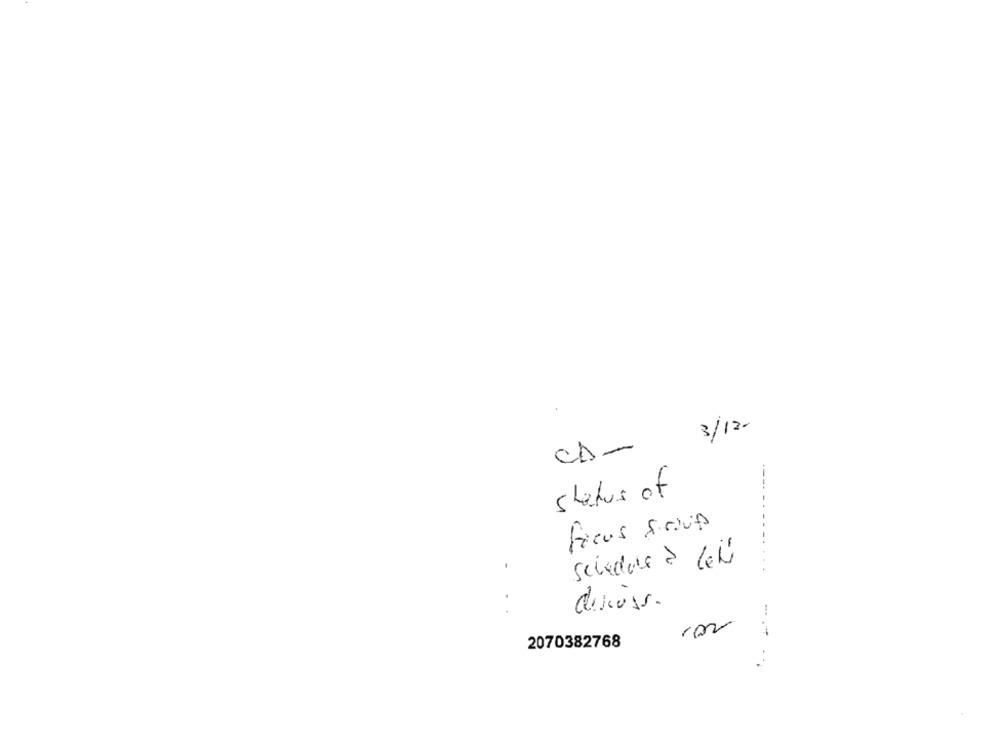
3/12.
CA-
----
status of
schedule ? let
discuss.
2070382768